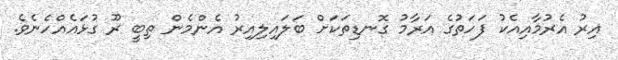
އިރު އެރުމާއިއެކު ފަހަތުގެ އަރާމު ގޮނޑިތަކަށް ބަލައިލިއިރު އެންމެން ތިބީ ރޫ ގުޅައެއްހެނެވެ.